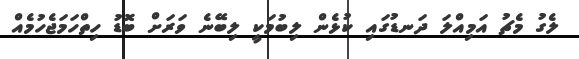
ލެގު މެޗު އަމިއްލަ ދަނޑުގައި ކުޅެން ލިބުމަކީ ލިބޭނެ ވަރަށް ބޮޑު ހިތްހަމަޖެހުމެއް